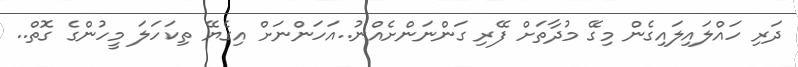
ދަރި ހައްލައިލައިގެން މިގޭ މުދާތަށް ފޭރި ގަންނަންށެއްނު..އަހަންނަށް އިގެޔޭ ތިކަހަލަ މީހުންގެ ގޮތް..